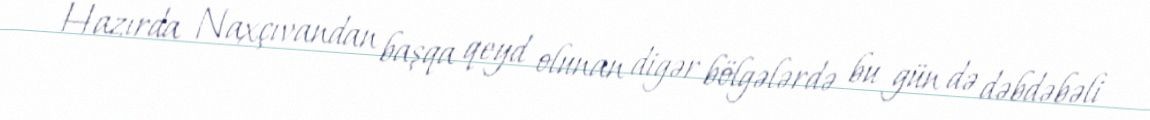
Hazırda Naxçıvandan başqa qeyd olunan digər bölgələrdə bu gün də dəbdəbəli